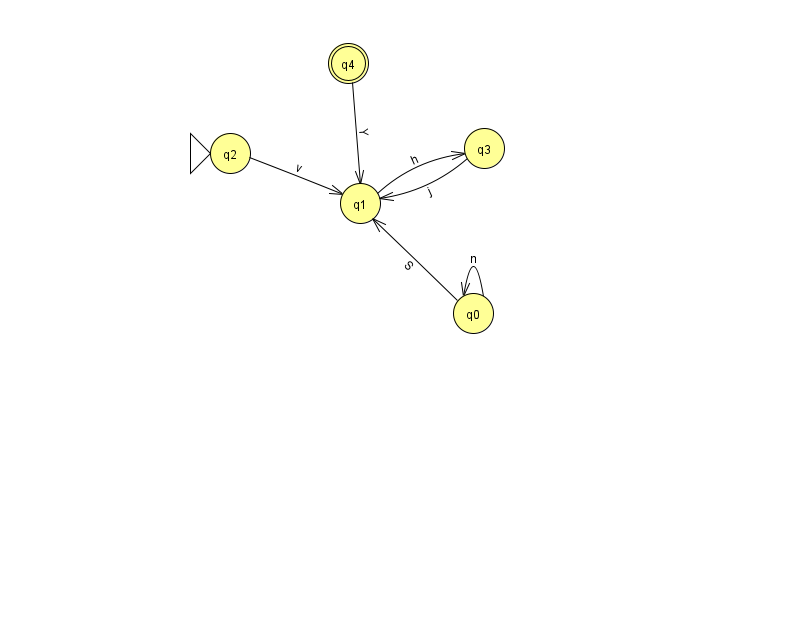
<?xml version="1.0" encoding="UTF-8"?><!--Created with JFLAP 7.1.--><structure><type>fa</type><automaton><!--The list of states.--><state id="0" name="q0"><x>473.0</x><y>300.0</y></state><state id="1" name="q1"><x>360.0</x><y>190.0</y></state><state id="2" name="q2"><x>230.0</x><y>140.0</y><initial/></state><state id="3" name="q3"><x>484.0</x><y>135.0</y></state><state id="4" name="q4"><x>348.0</x><y>50.0</y><final/></state><!--The list of transitions.--><transition><from>2</from><to>1</to><read>v</read></transition><transition><from>3</from><to>1</to><read>j</read></transition><transition><from>1</from><to>3</to><read>h</read></transition><transition><from>0</from><to>0</to><read>n</read></transition><transition><from>4</from><to>1</to><read>Y</read></transition><transition><from>0</from><to>1</to><read>S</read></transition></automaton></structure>